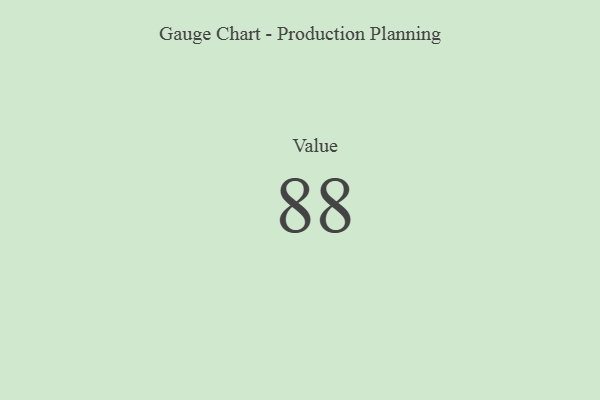
{"axis": {"x": "Metric", "y": "Value"}, "legend": [""], "data": [{"x": "Value", "y": 88, "type": ""}]}